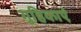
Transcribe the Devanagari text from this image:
गुहिकाएं